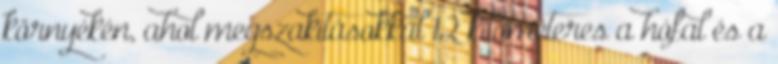
környékén, ahol megszakításokkal 12 kilométeres a hófal és a